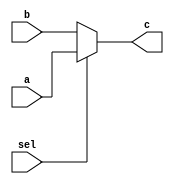
`timescale 1ns / 1ps
//////////////////////////////////////////////////////////////////////////////////
// Company: 
// Engineer: 
// 
// Design Name: 
// Module Name:    mux32_xin 
// Project Name: 
// Target Devices: 
// Tool versions: 
// Description: 
//
// Dependencies: 
//
// Revision: 
// Revision 0.01 - File Created
// Additional Comments: 
//
//////////////////////////////////////////////////////////////////////////////////
module mux32_xin(
	 input [4:0] a,
    input [4:0] b,
    input sel,
    output [4:0] c
    );
	 assign c = (sel)?a:b;
    


endmodule